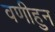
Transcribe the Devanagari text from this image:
वणीहुन